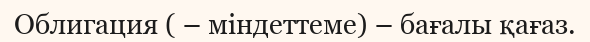
Облигация ( – міндеттеме) – бағалы қағаз.